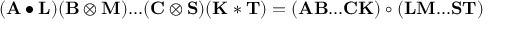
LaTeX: ( \mathbf { A } \bullet \mathbf { L } ) ( \mathbf { B } \otimes \mathbf { M } ) . . . ( \mathbf { C } \otimes \mathbf { S } ) ( \mathbf { K } \ast \mathbf { T } ) = ( \mathbf { A } \mathbf { B } . . . \mathbf { C } \mathbf { K } ) \circ ( \mathbf { L } \mathbf { M } . . . \mathbf { S } \mathbf { T } )